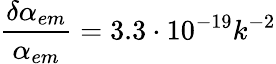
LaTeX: \frac{\delta\alpha_{em}}{\alpha_{em}}=3.3\cdot 10^{-19}k^{-2}